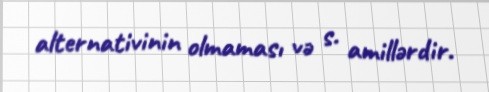
alternativinin olmaması və s. amillərdir.